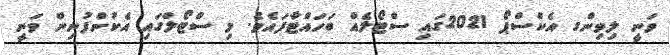
ވަނީ ލިވިންގ އެކްސްޕޯ 2021ގައި ސްޓޯލެއް ބަހައްޓާފައެވެ. މި ސްޓޯލްގައި އެކުންފުނިން ވަނީ